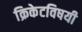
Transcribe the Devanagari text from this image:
क्रिकेटविषयी